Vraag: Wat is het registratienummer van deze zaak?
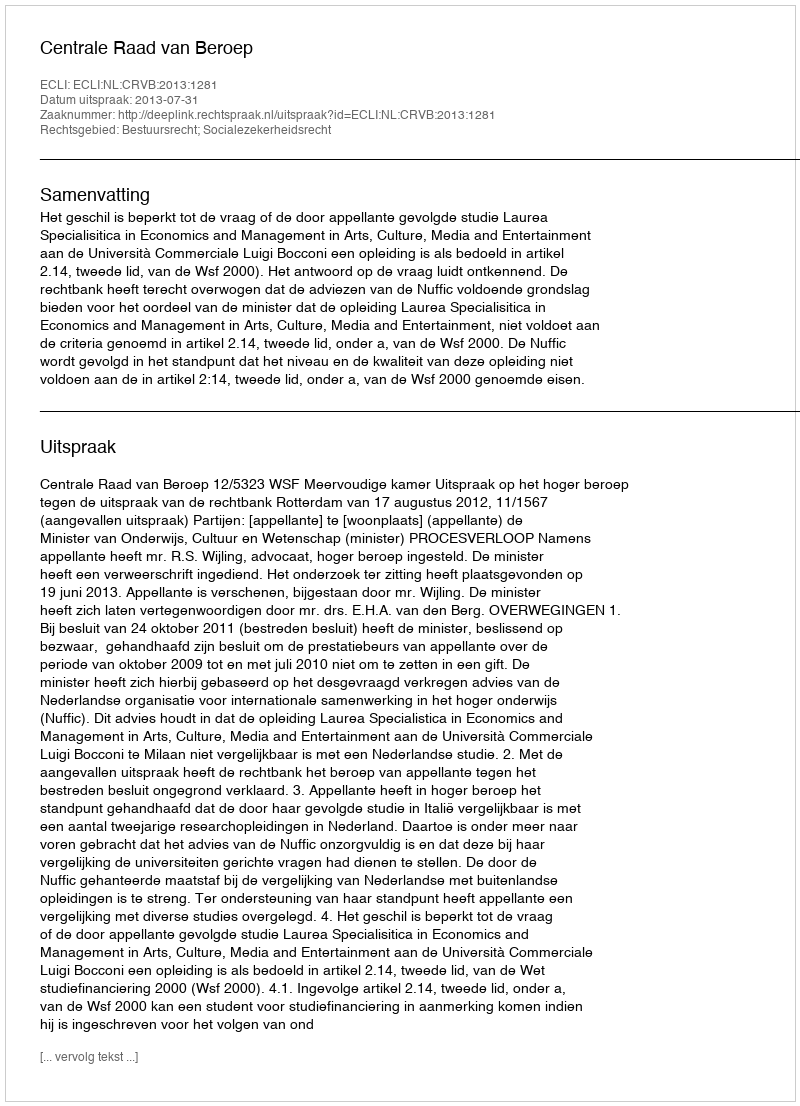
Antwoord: http://deeplink.rechtspraak.nl/uitspraak?id=ECLI:NL:CRVB:2013:1281